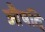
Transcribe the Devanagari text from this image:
औषदि